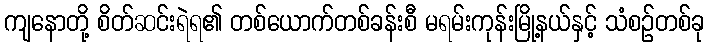
ကျနောတို့ စိတ်ဆင်းရဲရ၏ တစ်ယောက်တစ်ခန်းစီ မရမ်းကုန်းမြို့နယ်နှင့် သံစဉ်တစ်ခု